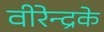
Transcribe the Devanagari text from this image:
वीरेन्द्रके